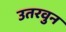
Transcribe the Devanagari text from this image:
उतरवुन